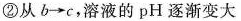
②从b\rightarrow c，溶液的pH逐渐变大